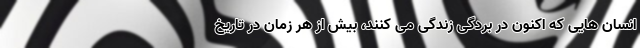
انسان هایی که اکنون در بردگی زندگی می کنند، بیش از هر زمان در تاریخ